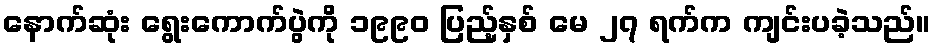
နောက်ဆုံး ရွေးကောက်ပွဲကို ၁၉၉၀ ပြည့်နှစ် မေ ၂၇ ရက်က ကျင်းပခဲ့သည်။